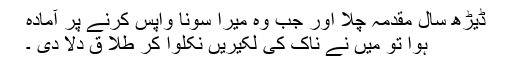
ڈیڑھ سال مقدمہ چلا اور جب وہ میرا سونا واپس کرنے پر آمادہ
ہوا تو میں نے ناک کی لکیریں نکلوا کر طلا ق دلا دی ۔